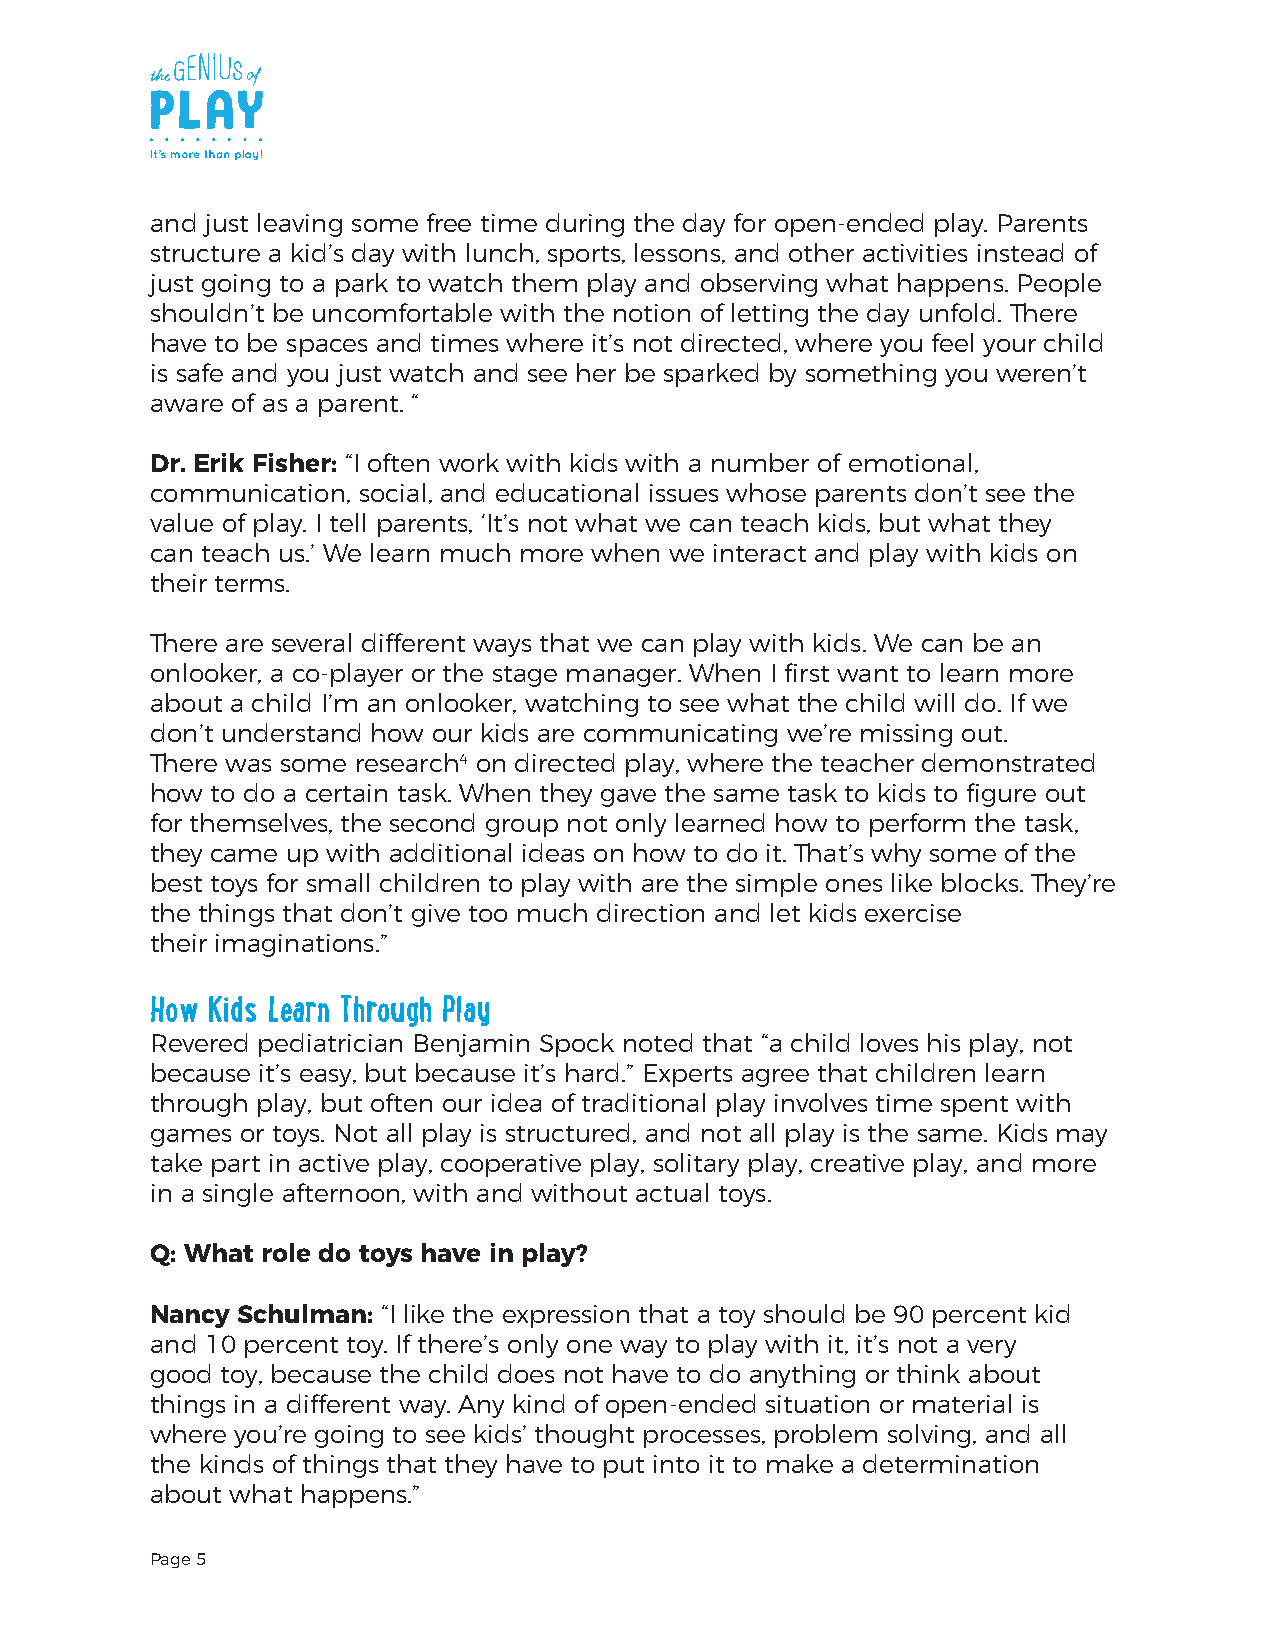
and just leaving some free time during the day for open-ended play. Parents
 structure a kid’s day with lunch, sports, lessons, and other activities instead of
 just going to a park to watch them play and observing what happens. People
 shouldn’t be uncomfortable with the notion of letting the day unfold. There
 have to be spaces and times where it’s not directed, where you feel your child
 is safe and you just watch and see her be sparked by something you weren’t
 aware of as a parent. “
 Dr. Erik Fisher: “I often work with kids with a number of emotional,
 communication, social, and educational issues whose parents don’t see the
 value of play. I tell parents, ‘It’s not what we can teach kids, but what they
 can teach us.’ We learn much more when we interact and play with kids on
 their terms.
 There are several different ways that we can play with kids. We can be an
 onlooker, a co-player or the stage manager. When I first want to learn more
 about a child I’m an onlooker, watching to see what the child will do. If we
 don’t understand how our kids are communicating we’re missing out.
 There was some research4 on directed play, where the teacher demonstrated
 how to do a certain task. When they gave the same task to kids to figure out
 for themselves, the second group not only learned how to perform the task,
 they came up with additional ideas on how to do it. That’s why some of the
 best toys for small children to play with are the simple ones like blocks. They’re
 the things that don’t give too much direction and let kids exercise
 their imaginations.”
 How Kids Learn Through Play
 Revered pediatrician Benjamin Spock noted that “a child loves his play, not
 because it’s easy, but because it’s hard.” Experts agree that children learn
 through play, but often our idea of traditional play involves time spent with
 games or toys. Not all play is structured, and not all play is the same. Kids may
 take part in active play, cooperative play, solitary play, creative play, and more
 in a single afternoon, with and without actual toys.
 Q: What role do toys have in play?
 Nancy Schulman: “I like the expression that a toy should be 90 percent kid
 and 10 percent toy. If there’s only one way to play with it, it’s not a very
 good toy, because the child does not have to do anything or think about
 things in a different way. Any kind of open-ended situation or material is
 where you’re going to see kids’ thought processes, problem solving, and all
 the kinds of things that they have to put into it to make a determination
 about what happens.”
 Page 5